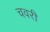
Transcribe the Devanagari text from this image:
चवरी